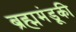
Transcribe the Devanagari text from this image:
ब्रह्ममंडूकी